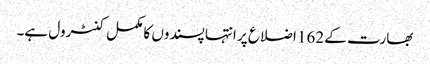
بھارت کے 162 اضلاع پر انتہا پسندوں کا مکمل کنٹرول ہے۔